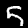
Label: 5